Indian journal of veterinary science and animal husbandry - Volumes 26-27, 1956-1957
Year: 1956
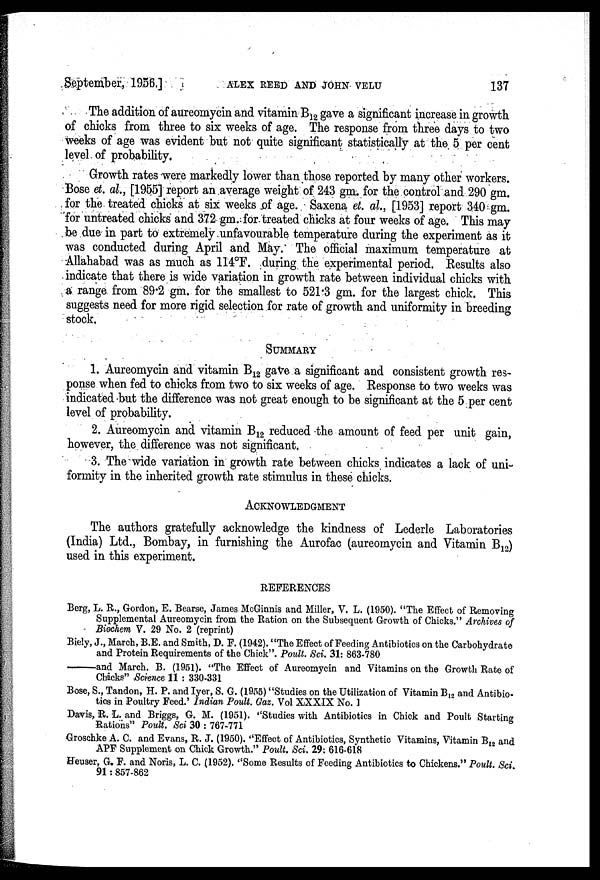
September, 1956]
ALEX
REED
AND
JOHN
VELU
137
The addition of aureomycin and vitamin B 12 gave a significant increase in growth
of chicks from three to six weeks of age. The response from three days to two
weeks of age was evident but not quite significant statistically at the 5 per cent
level of probability.
Growth rates were markedly lower than those reported by many other workers.
Bose et. al., [1955] report an average weight of 243 gm. for the control and 290 gm.
for the treated chicks at six weeks of age. Saxena et. al., [1953] report 340 gm.
for untreated chicks and 372 gm. for treated chicks at four weeks of age. This may
be due in part to extremely unfavourable temperature during the experiment as it
was conducted during April and May. The official maximum temperature at
Allahabad was as much as 114°F. during the experimental period. Results also
indicate that there is wide variation in growth rate between individual chicks with
a range from 89.2 gm. for the smallest to 521.3 gm. for the largest chick. This
suggests need for more rigid selection for rate of growth and uniformity in breeding
stock.
SUMMARY
1. Aureomycin and vitamin B 12 gave a significant and consistent growth res-
ponse when fed to chicks from two to six weeks of age. Response to two weeks was
indicated but the difference was not great enough to be significant at the 5 per cent
level of probability.
2. Aureomycin and vitamin B 12 reduced the amount of feed per unit gain,
however, the difference was not significant.
3. The wide variation in growth rate between chicks indicates a lack of uni-
formity in the inherited growth rate stimulus in these chicks.
ACKNOWLEDGMENT
The authors gratefully acknowledge the kindness of Lederle Laboratories
(India) Ltd., Bombay, in furnishing the Aurofac (aureomycin and Vitamin B 12 )
used in this experiment.
REFERENCES
Berg, L. R., Gordon, E. Bearse, James McGinnis and Miller, V. L. (1950). "The Effect of Removing
Supplemental Aureomycin from the Ration on the Subsequent Growth of Chicks." Archives of
Biochem V. 29 No. 2 (reprint)
Biely, J., March, B.E. and Smith, D. F. (1942). "The Effect of Feeding Antibiotics on the Carbohydrate
and Protein Requirements of the Chick". Poult. Sci. 31: 863-780
—and
March. B. (1951). "The Effect of Aureomycin and Vitamins on the Growth Rate of
Chicks" Science 11 : 330-331
Bose, S., Tandon, H. P. and Iyer, S. G. (1955) "Studies on the Utilization of Vitamin B 12 and Antibio-
tics in Poultry Feed.' Indian Poult. Gaz. Vol XXXIX No. 1
Davis, R. L. and Briggs, G. M. (1951). "Studies with Antibiotics in Chick and Poult Starting
Rations" Poult. Sci 30 : 767-771
Groschke A. C. and Evans, R. J. (1950). "Effect of Antibiotics, Synthetic Vitamins, Vitamin B 12 and
APF Supplement on Chick Growth." Poult. Sci. 29: 616-618
Heuser, G. F. and Noris, L. C. (1952). "Some Results of Feeding Antibiotics to Chickens." Poult. Sci.
91 : 857-862